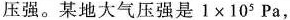
压强。某地大气压强是$$1\times 10^{5}Pa$$，